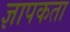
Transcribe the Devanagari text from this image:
ज्ञापकता